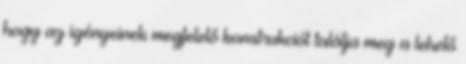
hogy az igényeinek megfelelő konstrukciót találja meg a lehető